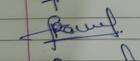
Signature authenticity: genuine